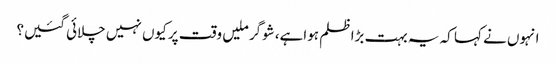
انہوں نے کہا کہ یہ بہت بڑا ظلم ہواہے، شوگر ملیں وقت پر کیوں نہیں چلائی گئیں؟